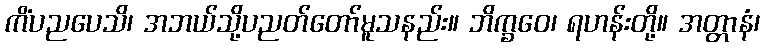
ကိံပညပေသိ၊ အဘယ်သို့ပညတ်တော်မူသနည်း။ ဘိက္ခဝေ၊ ရဟန်းတို့။ အတ္တာနံ၊